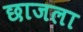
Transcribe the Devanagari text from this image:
छाजला